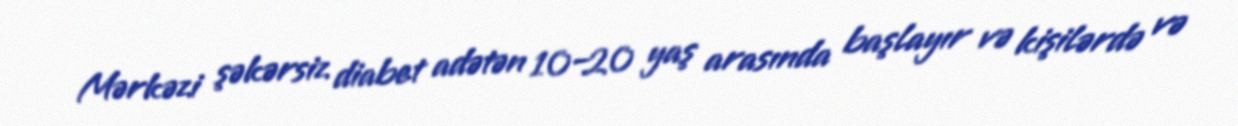
Mərkəzi şəkərsiz diabet adətən 10–20 yaş arasında başlayır və kişilərdə və